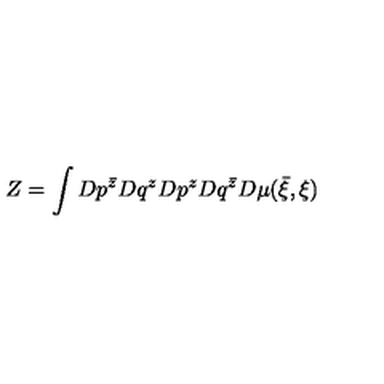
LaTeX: Z = \int D p ^ { \bar { z } } D q ^ { z } D p ^ { z } D q ^ { \bar { z } } D \mu ( { \bar { \xi } } , \xi )